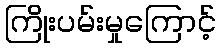
ကြိုးပမ်းမှုကြောင့်